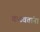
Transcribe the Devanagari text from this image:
कढवतांना